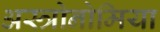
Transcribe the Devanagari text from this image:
अस्त्रोनोमिया